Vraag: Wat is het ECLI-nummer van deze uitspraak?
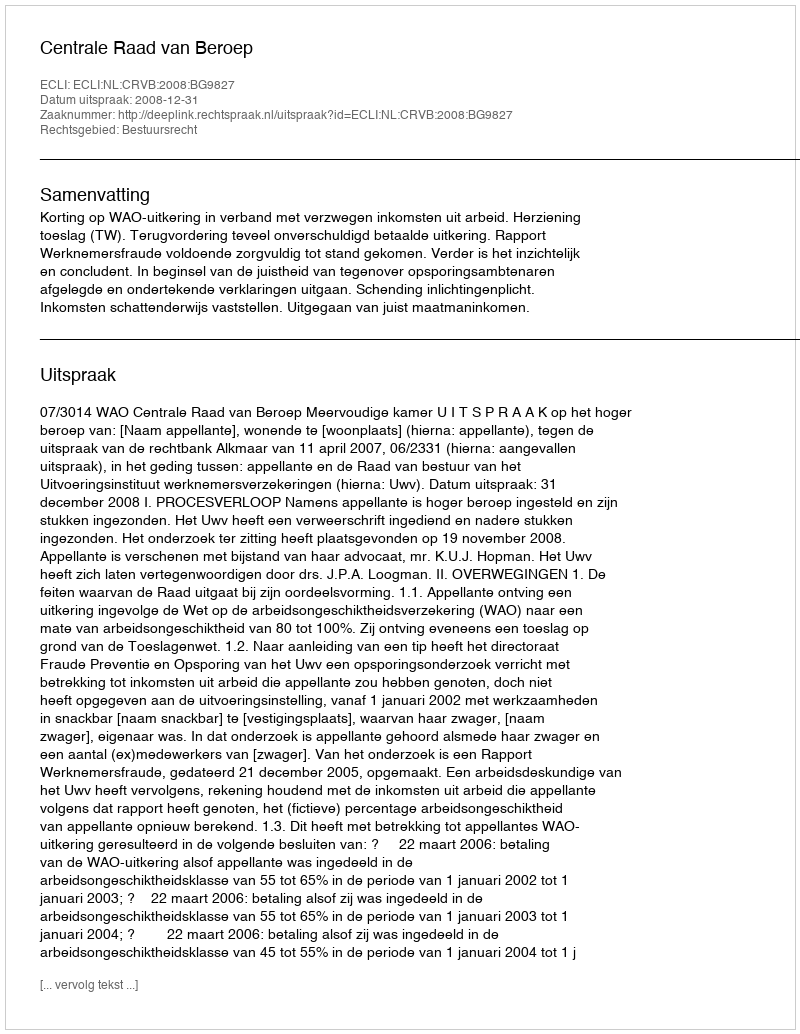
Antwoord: ECLI:NL:CRVB:2008:BG9827